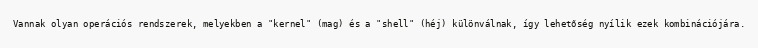
Vannak olyan operációs rendszerek, melyekben a "kernel" (mag) és a "shell" (héj) különválnak, így lehetőség nyílik ezek kombinációjára.